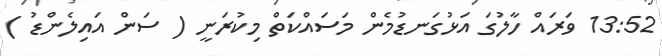
13:52 ވަރައް ހާލުގަ އަޅުގަނޑުމެން މަސައްކަތް މިކުރަނީ ( ސަން އައިލެންޑު )